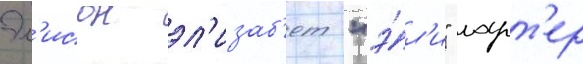
Эл'исон эл'изаб'ет "э́л'и" ларт'ер